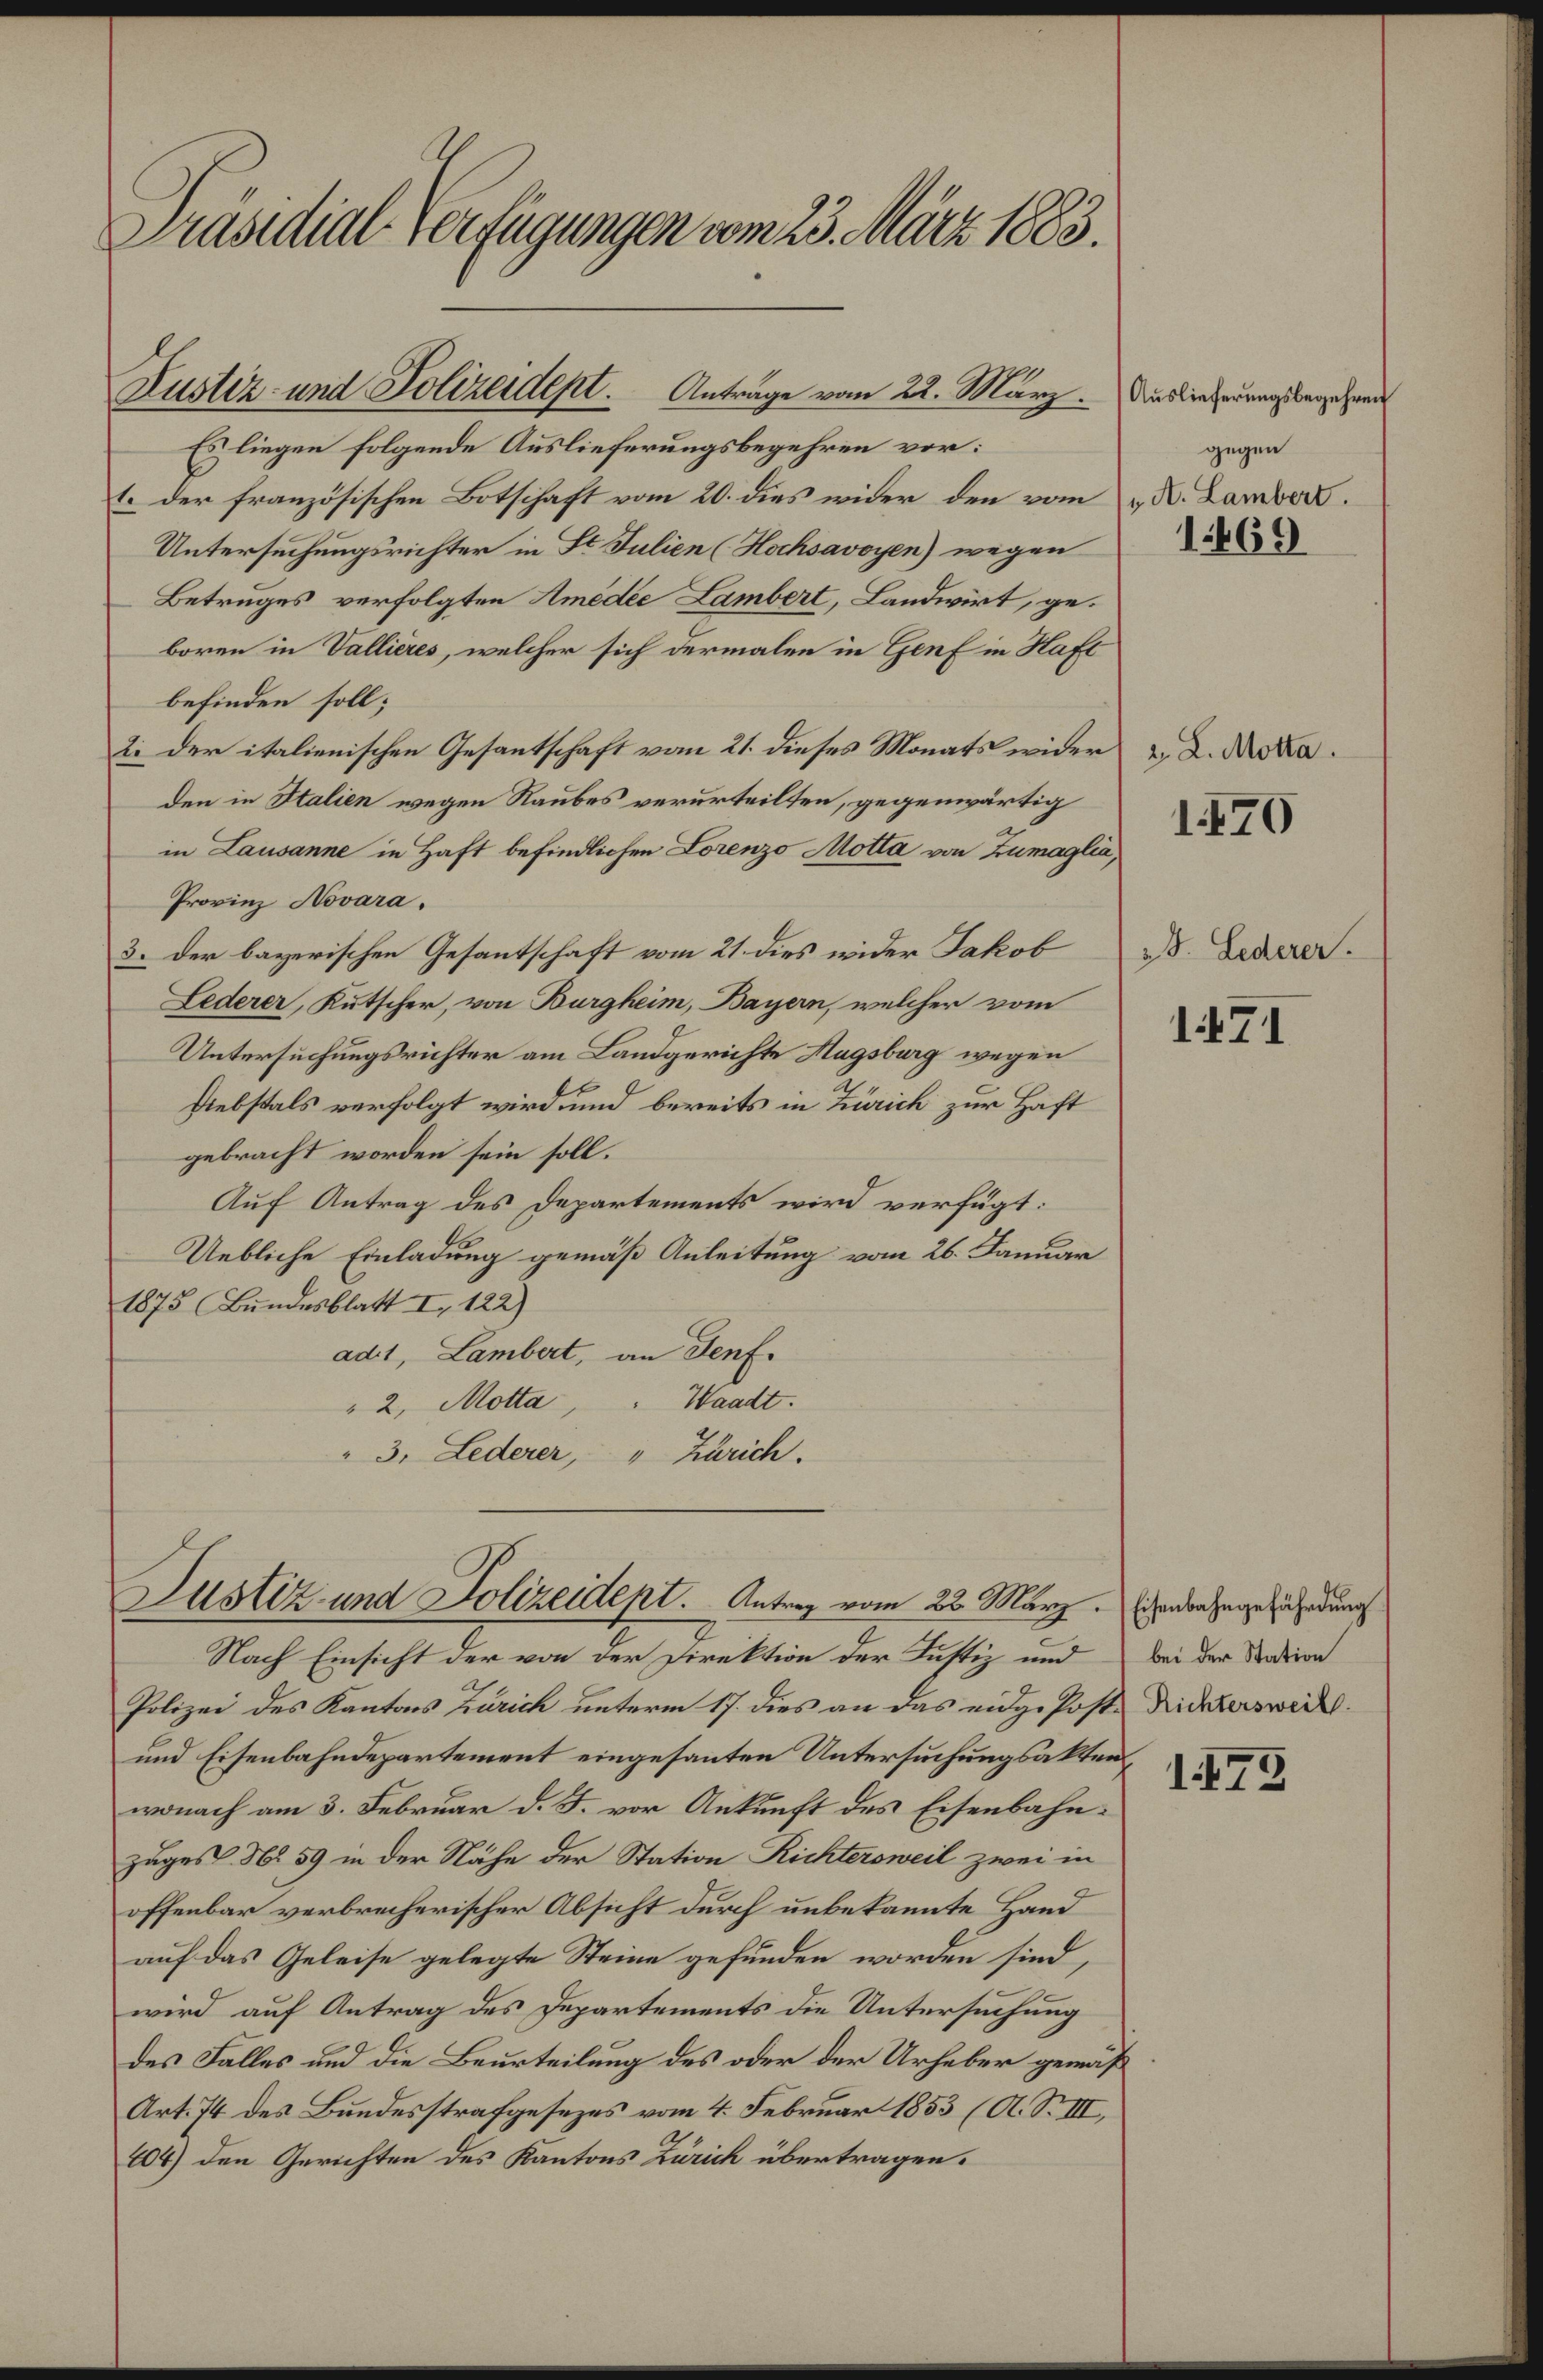
itts rzanpe ronttn ts tl.
Auslieferungsbegeheif
gegen
. . Lambal.
1403
Itile ent alrnde Astaege vn 2. Mag¬
Eliegen folgende Auslieferungsbezgehren vor.
. der franzdsischen Botschaft vom 20. dies wider den vom
Untersuchungirichter in H alien Raoawahe wegen
Betrnges verfolgten ntlle Bambat, Landwirt, ge¬
boren in Sallires, welcher sich ermalen in hlaf ir Naf
befinden sol;
 L. tote.
1880
i der italiwnischre Gesantschaft vom 21. dieses Monats wider
den in alar egen Raubes verurteilsen, gegenwärtig
im Kawaner in Zaft befindlichen Loanzo atla n Lnragla
Prorinz ovara.
. d. taa
1877
s. der bagerischen Gesantschaft vam 21. dies eider Sakob
Letener, Krtscher, von Baagkein, Bagan, welcher vom
Untersüchungsrichter am Landgerichte Ragibag wegen
felstals verfolgt wirdund bereits in Bik zur Hast
gebracht worden sein soll.
Auf Antrag des departements wird verfügt.
Uebliche Einladung gemaäßs Anleitung vom 26. Kanurr
1875 Bendesklatt I. 12
at, Lembal, an nf.
„2, Notte,  aatl:
„3. Bedtra, „ Pik.
Esnbehegefäh dung
bei des tation
Ricktwi.
1879
st2 nt Jolzeitpel. Artg vn 22. Marz
Nach Einsicht der vo der iweltion der Rustiz und
Polizei des Kantns Zäik untern . des an das eintz. Post¬
und Eisenbahndezartement eingesanten Untersuchungsa tten
wnach am 3. Febaur d. . vor Antkaft des Eisenbahn.
zugest 0. 39 in der Nähe der Station Aickoweal zwei m
offenbar verbreacherischer Absicht durch unbetannte Hand
auf das Geleise gelegte Seine gefunden worden sind,
wird auf Antrag des Pepartements die Untersuchung
des Fales und die Beuteilung des oder dem Arheber gemuf
Art. It des Bundesstrafgesezes vom 1. Sebruar 18551S
 den Gerichten des Kantons Lik übertragen.